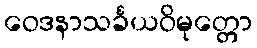
ဝေဒနာသင်္ခယဝိမုတ္တော